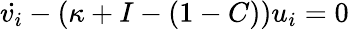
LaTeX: \dot{v_{i}}-(\kappa+I-(1-C))u_{i}=0